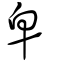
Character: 皁